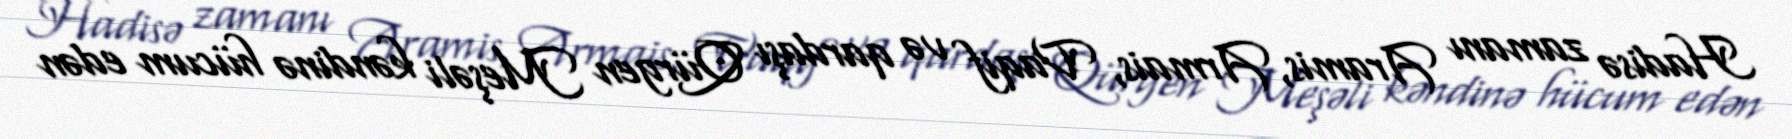
Hadisə zamanı Aramis, Armais, Vaqif və qardaşı Qürgen Meşəli kəndinə hücum edən